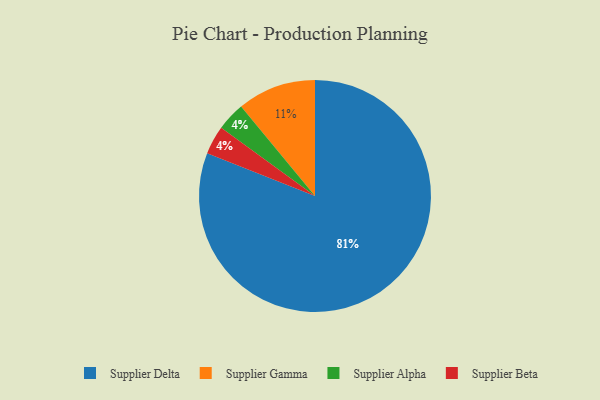
{"axis": {"x": "Category", "y": "Percentage"}, "legend": ["Supplier Alpha", "Supplier Beta", "Supplier Delta", "Supplier Gamma"], "data": [{"x": "Supplier Delta", "y": 81, "type": "Supplier Delta"}, {"x": "Supplier Alpha", "y": 4, "type": "Supplier Alpha"}, {"x": "Supplier Beta", "y": 4, "type": "Supplier Beta"}, {"x": "Supplier Gamma", "y": 11, "type": "Supplier Gamma"}]}